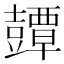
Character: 𧰘